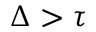
\Delta > \tau